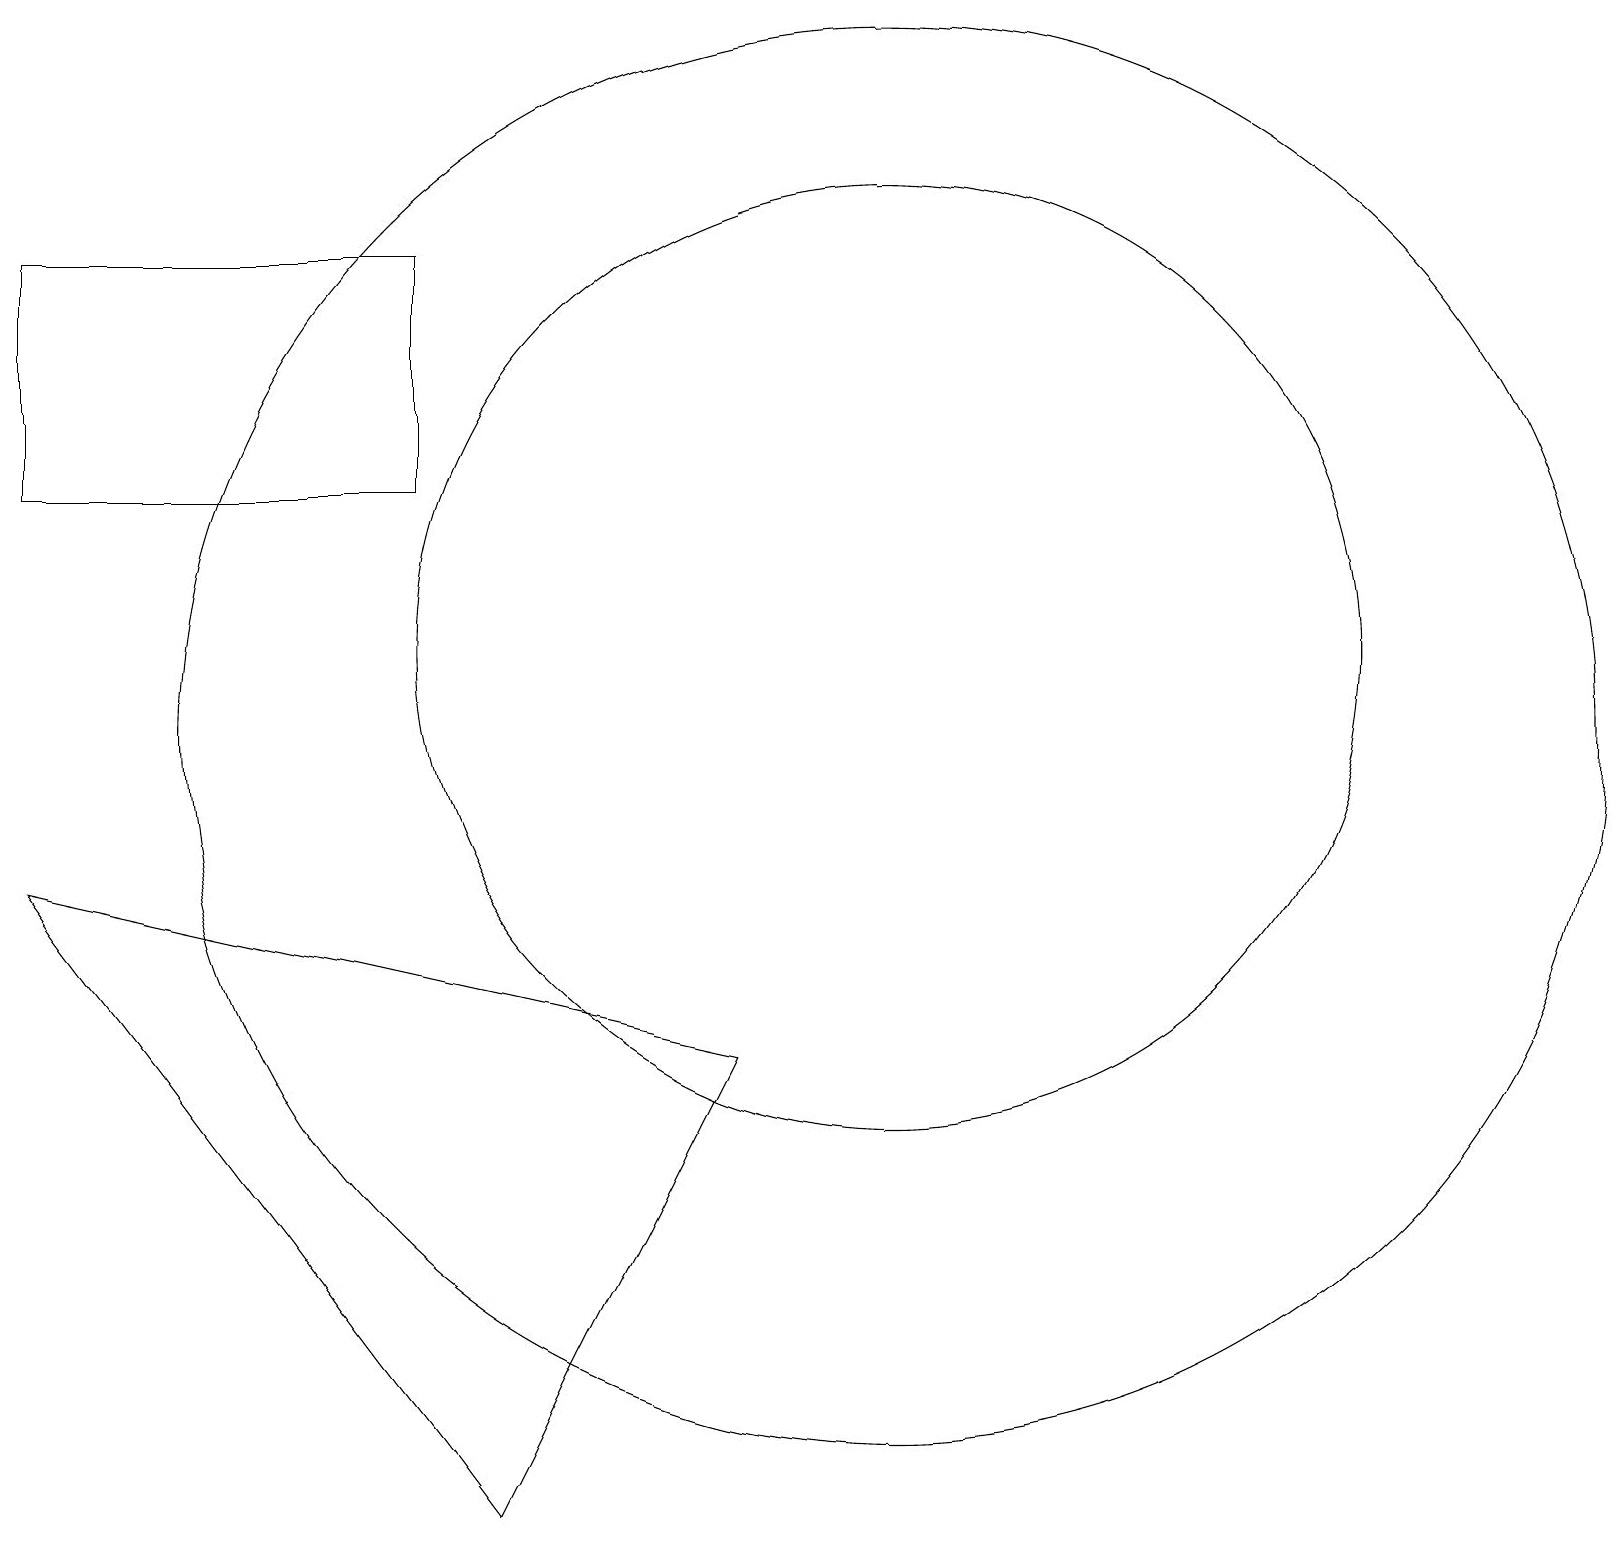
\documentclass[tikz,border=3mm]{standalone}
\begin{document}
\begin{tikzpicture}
\draw (11,11) circle (9);
\draw (11,12) circle (6);
\draw (9,7) -- (6,1) -- (0,9) -- cycle;
\draw (5,17) rectangle (0,14);
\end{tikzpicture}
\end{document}